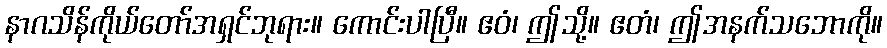
နာဂသိန်ကိုယ်တော်အရှင်ဘုရား။ ကောင်းပါပြီ။ ဧဝံ၊ ဤသို့။ ဧတံ၊ ဤအနက်သဘောကို။